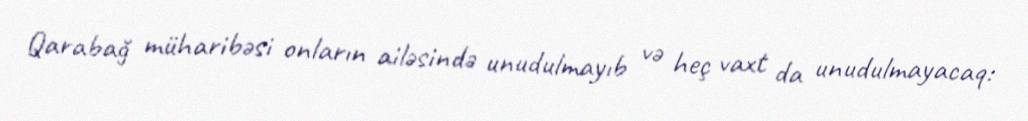
Qarabağ müharibəsi onların ailəsində unudulmayıb və heç vaxt da unudulmayacaq: